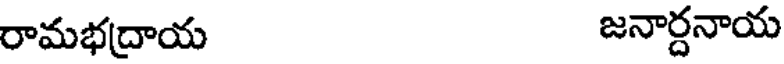
రామభద్రాయ జనార్దనాయ